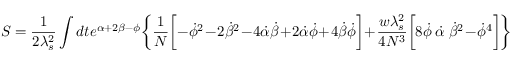
S = \frac { 1 } { 2 \lambda _ { s } ^ { 2 } } \int d t e ^ { \alpha + 2 \beta - \phi } \biggl \{ \frac { 1 } { N } \biggl [ - \dot { \phi } ^ { 2 } - 2 \dot { \beta } ^ { 2 } - 4 \dot { \alpha } \dot { \beta } + 2 \dot { \alpha } \dot { \phi } + 4 \dot { \beta } \dot { \phi } \biggr ] + \frac { w \lambda _ { s } ^ { 2 } } { 4 N ^ { 3 } } \biggl [ 8 \dot { \phi } ~ \dot { \alpha } ~ \dot { \beta } ^ { 2 } - \dot { \phi } ^ { 4 } \biggr ] \biggr \}